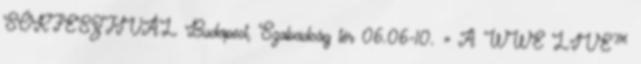
SÖRFESZTIVÁL Budapest, Szabadság tér 06.06-10. » A WWE LIVE™